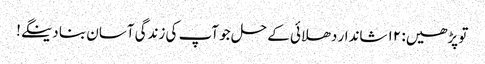
تو پڑھیں: ۱۲ شاندار دھلائی کے حل جو آپ کی زندگی آسان بنا دینگے!